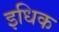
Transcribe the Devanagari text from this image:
इधिक